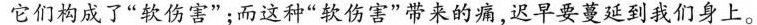
它们构成了”软伤害”；而这种”软伤害”带来的痛，迟早要蔓延到我们身上。